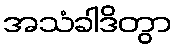
အသံခါဒိတွာ